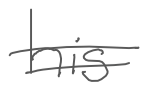
Text: his
Cross-out: double-line
Writing tool: digital_gray